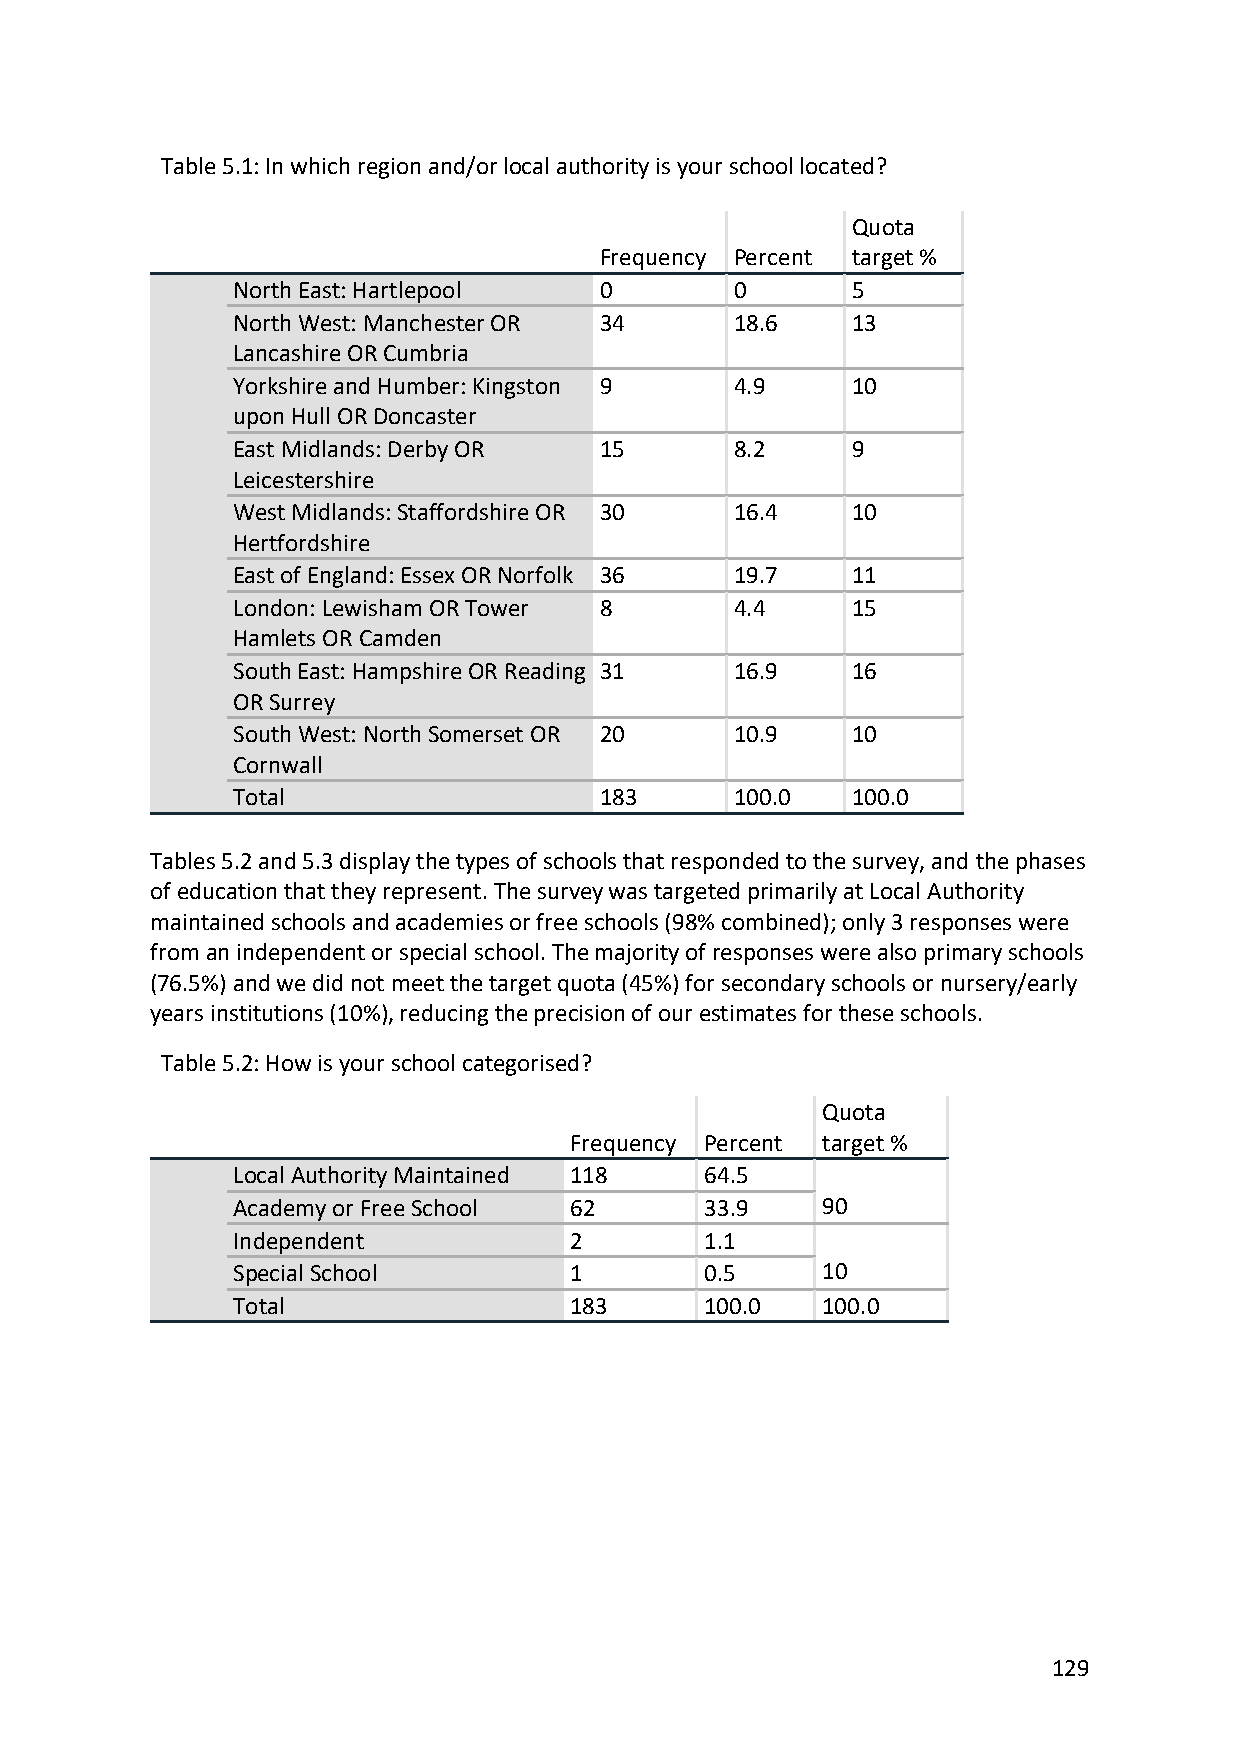
Table 5.1: In which region and/or local authority is your school located?
 Quota
 Frequency Percent target %
 North East: Hartlepool   0        0      5
 North West: Manchester OR 34      18.6   13
 Lancashire OR Cumbria
 Yorkshire and Humber: Kingston 9  4.9    10
 upon Hull OR Doncaster
 East Midlands: Derby OR  15       8.2    9
 Leicestershire
 West Midlands: Staffordshire OR 30 16.4  10
 Hertfordshire
 East of England: Essex OR Norfolk 36 19.7 11
 London: Lewisham OR Tower 8       4.4    15
 Hamlets OR Camden
 South East: Hampshire OR Reading 31 16.9 16
 OR Surrey
 South West: North Somerset OR 20  10.9   10
 Cornwall
 Total                    183      100.0  100.0
 Tables 5.2 and 5.3 display the types of schools that responded to the survey, and the phases
 of education that they represent. The survey was targeted primarily at Local Authority
 maintained schools and academies or free schools (98% combined); only 3 responses were
 from an independent or special school. The majority of responses were also primary schools
 (76.5%) and we did not meet the target quota (45%) for secondary schools or nursery/early
 years institutions (10%), reducing the precision of our estimates for these schools.
 Table 5.2: How is your school categorised?
 Quota
 Frequency Percent target %
 Local Authority Maintained 118  64.5
 Academy or Free School 62       33.9   90
 Independent            2        1.1
 Special School         1        0.5    10
 Total                  183      100.0  100.0
 129